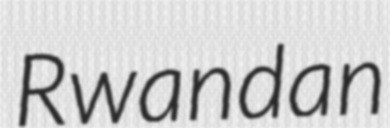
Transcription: Rwandan